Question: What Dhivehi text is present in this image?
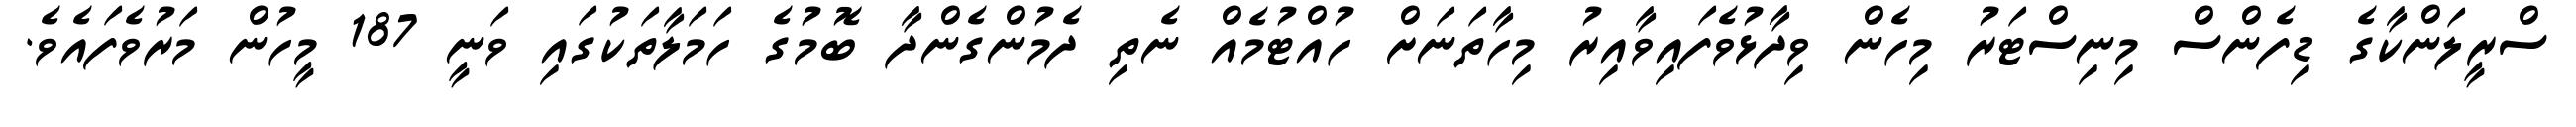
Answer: ސްރީލަންކާގެ ޑިފެންސް މިނިސްޓަރު މިހެން ވިދާޅުވެފައިވާއިރު މިހާތަނަށް ހުއްޓުމެއް ނެތި ދެމުންގެންދާ ބޮމުގެ ހަމަލާތަކުގައި ވަނީ 187 މީހުން މަރުވެފައެވެ.